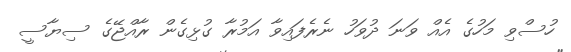
ހުސްވި މަހުގެ އެއް ވަނަ ދުވަހު ނެރެފައިވާ އަމުރާ ގުޅިގެން ރާއްޖޭގެ ސިޔާސީ